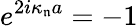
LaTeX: e^{2i\kappa_{\mathfrak{n}}a}=-1